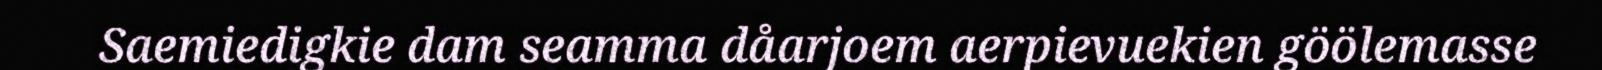
Saemiedigkie dam seamma dåarjoem aerpievuekien göölemasse